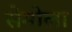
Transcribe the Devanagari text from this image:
सेमोला